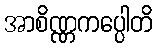
အာစိဏ္ဏကပ္ပေါတိ